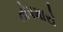
તોપમારો